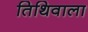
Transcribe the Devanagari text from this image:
तिथिवाला